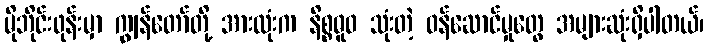
မိုဘိုင်းဖုန်းမှာ ကျွန်တော်တို့ အားလုံးက နိစ္စဓူဝ သုံးတဲ့ ဝန်ဆောင်မှုတွေ အများဆုံးရှိပါတယ်၊